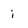
Character: i